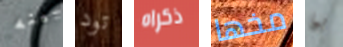
بينه تود ذكراه مخها بما